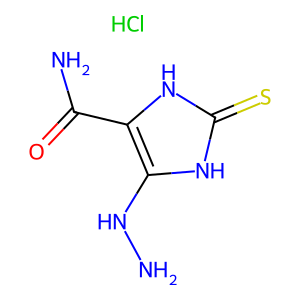
SMILES: Cl.NNc1[nH]c(=S)[nH]c1C(N)=O
Inhibits HIV replication: No